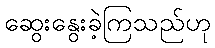
ဆွေးနွေးခဲ့ကြသည်ဟု